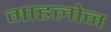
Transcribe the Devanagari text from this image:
माहलोन